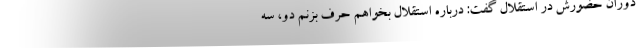
دوران حضورش در استقلال گفت: درباره استقلال بخواهم حرف بزنم دو، سه